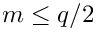
m \leq q / 2